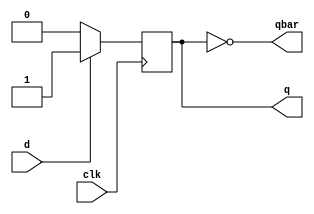
`timescale 1ns / 1ps
//////////////////////////////////////////////////////////////////////////////////
// Company: 
// Engineer: 
// 
// Design Name: 
// Module Name: d_ff
// Project Name: 
// Target Devices: 
// Tool Versions: 
// Description: 
// 
// Dependencies: 
// 
// Revision:
// Revision 0.01 - File Created
// Additional Comments:
// 
//////////////////////////////////////////////////////////////////////////////////


module d_ff(
    input clk,
    input d,
    output reg q,
    output qbar
    );
    always @ (posedge clk)
    begin
        if(d)
        q<=1;
        else
        q<=0;
    
    end
    assign qbar = ~q;
endmodule